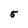
Character: 5